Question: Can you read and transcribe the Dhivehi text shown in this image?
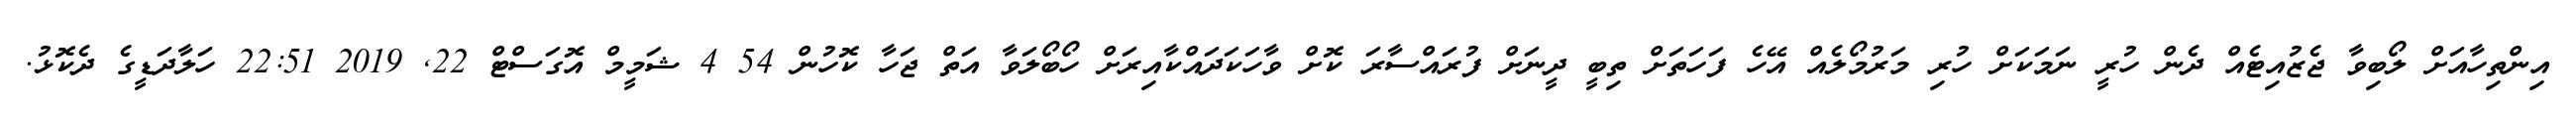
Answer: އިންތިހާއަށް ލޯބިވާ ޖެޒުއިޓެއް ދެން ހުރީ ނަމަކަށް ހުރި މަރުމޯލެއް އޭހެ ފަހަތަށް ތިބީ ދީނަށް ފުރައްސާރަ ކޮށް ވާހަކަދައްކާއިރަށް ހޯބޯލަވާ އަތް ޖަހާ ކޮހުން 54 4 ޝަމީމް އޮގަސްޓް 22, 2019 22:51 ހަލާދަޑީގެ ދެކޮޅު.